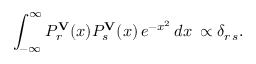
\int _ { - \infty } ^ { \infty } P _ { r } ^ { \bf V } ( x ) P _ { s } ^ { \bf V } ( x ) \, e ^ { - x ^ { 2 } } \, d x \, \propto \delta _ { r \, s } .